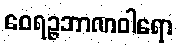
ဝေရဉ္ဇဘာဏဝါရော